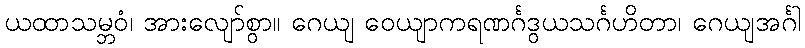
ယထာသမ္ဘဝံ၊ အားလျော်စွာ။ ဂေယျ ဝေယျာကရဏင်္ဂဒွယသင်္ဂဟိတာ၊ ဂေယျအင်္ဂါ